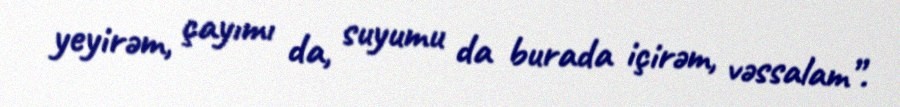
yeyirəm, çayımı da, suyumu da burada içirəm, vəssalam”.